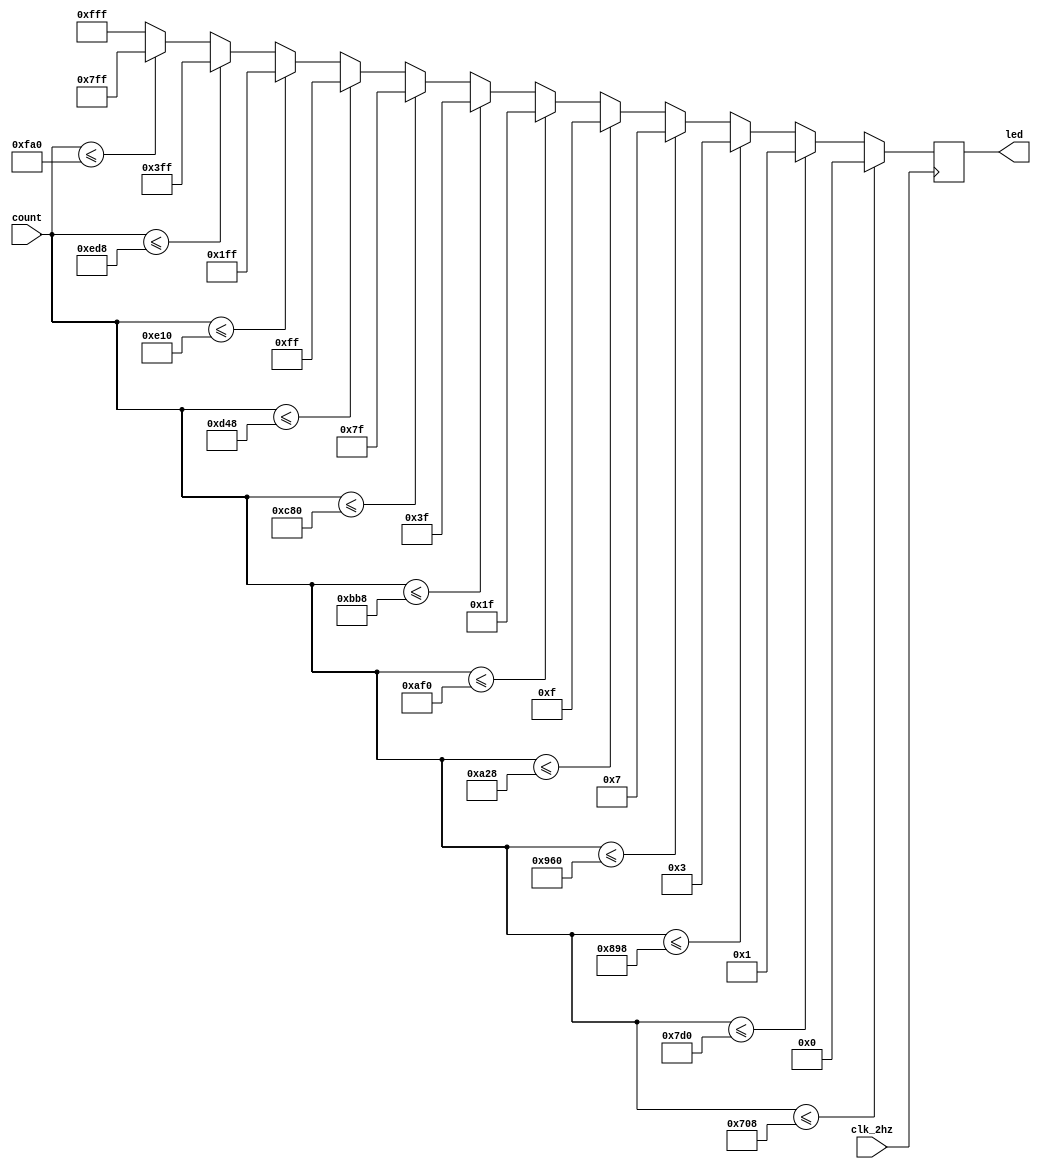
`timescale 1ns / 1ps
//////////////////////////////////////////////////////////////////////////////////
// Company: 
// Engineer: 
// 
// Design Name: 
// Module Name: my_led_display_module
// Project Name: 
// Target Devices: 
// Tool Versions: 
// Description: 
// 
// Dependencies: 
// 
// Revision:
// Revision 0.01 - File Created
// Additional Comments:
// 
//////////////////////////////////////////////////////////////////////////////////


module my_led_display_module(
    input clk_2hz,
    input [11:0] count,
    output reg [11:0] led
    );
    
    initial begin
        led = 0;
    end
    
    always @ (posedge clk_2hz) begin
      if(count <= 1800) led = 12'b000000000000;
      else if(count <= 2000) led = 12'b000000000001;
      else if(count <= 2200) led = 12'b000000000011;
      else if(count <= 2400) led = 12'b000000000111;
      else if(count <= 2600) led = 12'b000000001111;
      else if(count <= 2800) led = 12'b000000011111;
      else if(count <= 3000) led = 12'b000000111111;
      else if(count <= 3200) led = 12'b000001111111;
      else if(count <= 3400) led = 12'b000011111111;
      else if(count <= 3600) led = 12'b000111111111;
      else if(count <= 3800) led = 12'b001111111111;
      else if(count <= 4000) led = 12'b011111111111;
      else led = 12'b111111111111;
      end
endmodule